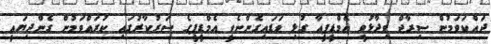
ދައްކަވަމުން ސިރާޖް ވިދާޅުވީ އެމްޑީޕީއާ ގުޅި ވަޑައިގެންނެވީ އެމްޑީޕީގެ ސަރުކާރުގައި ކުރައްވަމުން ގެންދިޔައީ